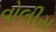
વોલીસ